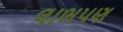
લાભપણ